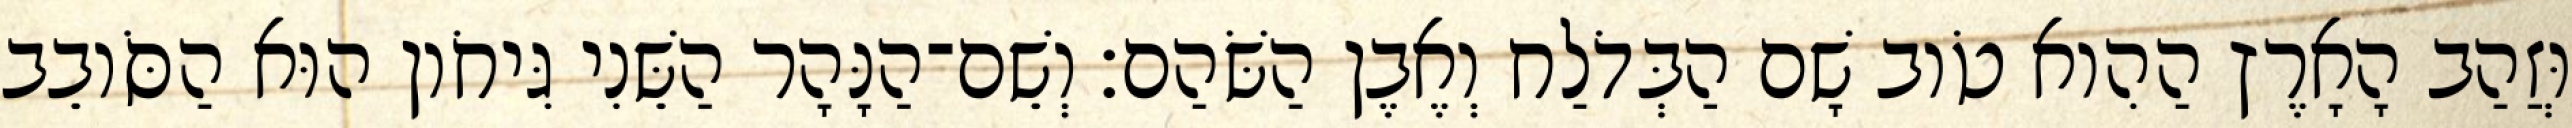
וּזֲהַב הָאָרֶץ הַהִוא טֹוב שָׁם הַבְּדֹלַח וְאֶבֶן הַשֹּׁהַם׃ וְשֵׁם־הַנָּהָר הַשֵּׁנִי גִּיחֹון הוּא הַסֹּובֵב